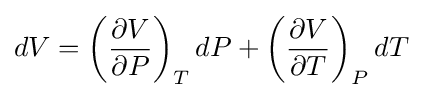
dV=\left({\frac {\partial V}{\partial P}}\right)_{T}dP+\left({\frac {\partial V}{\partial T}}\right)_{P}dT